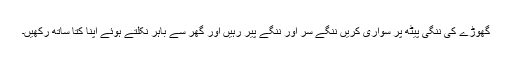
گھوڑے کی ننگی پیٹھ پر سواری کریں ننگے سر اور ننگے پیر رہیں اور گھر سے باہر نکلتے ہوئے اپنا کتا ساتھ رکھیں۔